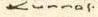
Kunnas.